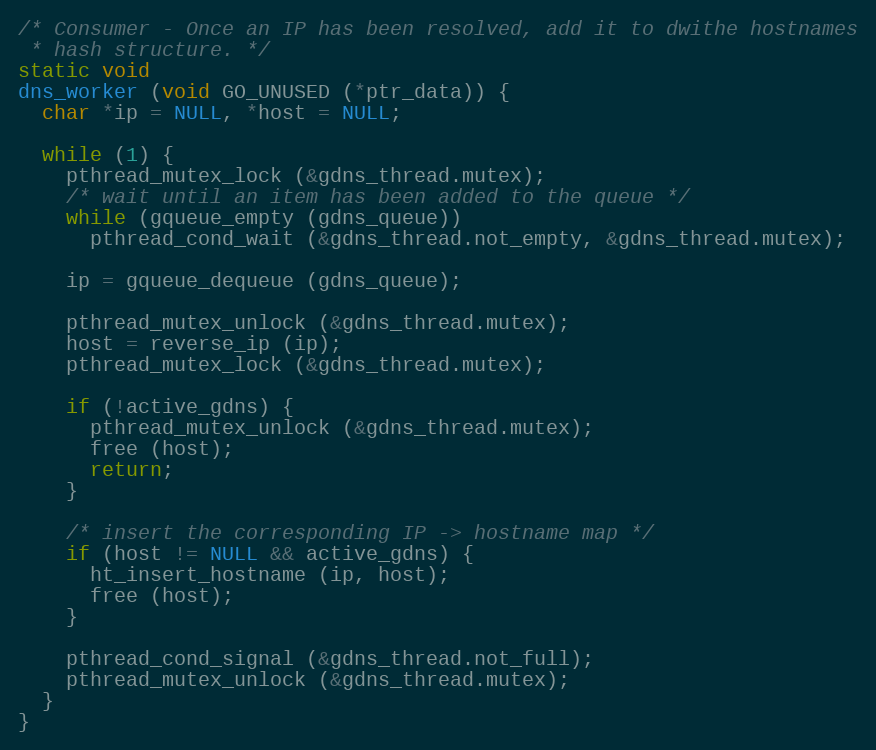
Language: C
/* Consumer - Once an IP has been resolved, add it to dwithe hostnames
 * hash structure. */
static void
dns_worker (void GO_UNUSED (*ptr_data)) {
  char *ip = NULL, *host = NULL;

  while (1) {
    pthread_mutex_lock (&gdns_thread.mutex);
    /* wait until an item has been added to the queue */
    while (gqueue_empty (gdns_queue))
      pthread_cond_wait (&gdns_thread.not_empty, &gdns_thread.mutex);

    ip = gqueue_dequeue (gdns_queue);

    pthread_mutex_unlock (&gdns_thread.mutex);
    host = reverse_ip (ip);
    pthread_mutex_lock (&gdns_thread.mutex);

    if (!active_gdns) {
      pthread_mutex_unlock (&gdns_thread.mutex);
      free (host);
      return;
    }

    /* insert the corresponding IP -> hostname map */
    if (host != NULL && active_gdns) {
      ht_insert_hostname (ip, host);
      free (host);
    }

    pthread_cond_signal (&gdns_thread.not_full);
    pthread_mutex_unlock (&gdns_thread.mutex);
  }
}